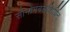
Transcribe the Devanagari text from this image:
सोनोमबलशिर्यिन